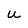
Character: u